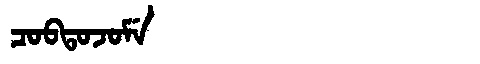
Manchu: ᠴᠣᠪᡨᠣᠵᠣᠮᡝ
Romanization: COBTOJOME